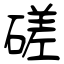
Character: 磋